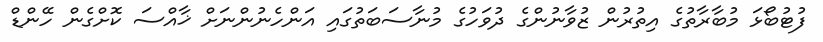
ފުޓުބޯޅަ މުބާރާތުގެ އިތުރުން ޒުވާނުންގެ ދުވަހުގެ މުނާސަބަތުގައި އަންހެނުންނަށް ޚާއްސަ ކޮށްގެން ހޭންޑް